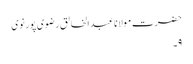
حضرت مولانا عبدالخالق رضوی پور نوی
۹۔